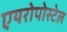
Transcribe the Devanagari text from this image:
एयरोपोस्टेल